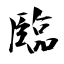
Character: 臨